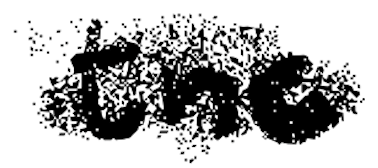
Text: the
Cross-out: mix
Writing tool: digital_black